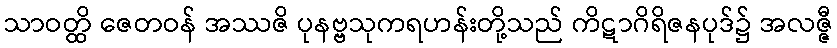
သာဝတ္ထိ ဇေတဝန် အဿဇိ ပုနဗ္ဗသုကရဟန်းတို့သည် ကိဋာဂိရိဇနပုဒ်၌ အလဇ္ဇီ